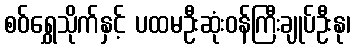
စဝ်ရွှေသိုက်နှင့် ပထမဦးဆုံးဝန်ကြီးချုပ်ဦးနု၊